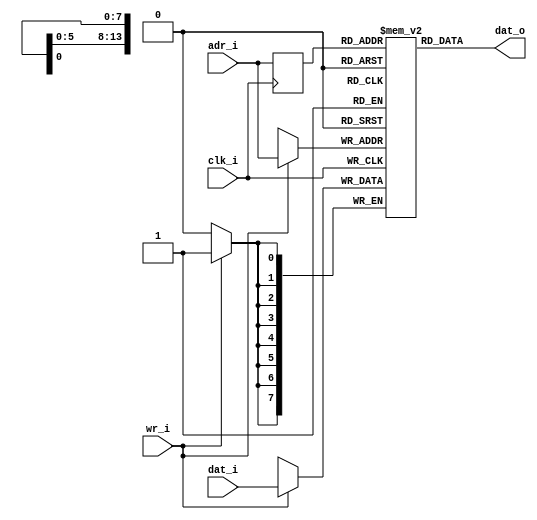
//-----------------------------------------------------------------
//                           AltOR32 
//                Alternative Lightweight OpenRisc 
//                            V2.1
//                     Ultra-Embedded.com
//                   Copyright 2011 - 2014
//
//
//                       License: LGPL
//-----------------------------------------------------------------
//
// Copyright (C) 2011 - 2014 Ultra-Embedded.com
//
// This source file may be used and distributed without         
// restriction provided that this copyright statement is not    
// removed from the file and that any derivative work contains  
// the original copyright notice and the associated disclaimer. 
//
// This source file is free software; you can redistribute it   
// and/or modify it under the terms of the GNU Lesser General   
// Public License as published by the Free Software Foundation; 
// either version 2.1 of the License, or (at your option) any   
// later version.
//
// This source is distributed in the hope that it will be       
// useful, but WITHOUT ANY WARRANTY; without even the implied   
// warranty of MERCHANTABILITY or FITNESS FOR A PARTICULAR      
// PURPOSE.  See the GNU Lesser General Public License for more 
// details.
//
// You should have received a copy of the GNU Lesser General    
// Public License along with this source; if not, write to the 
// Free Software Foundation, Inc., 59 Temple Place, Suite 330, 
// Boston, MA  02111-1307  USA
//-----------------------------------------------------------------

//-----------------------------------------------------------------
// Module: altor32_ram_sp - Single port RAM (used in cache)
//-----------------------------------------------------------------
module altor32_ram_sp
#(
    parameter  [31:0]       WIDTH = 8,
    parameter  [31:0]       SIZE = 14
)
( 
    input                   clk_i /*verilator public*/,
    output [(WIDTH - 1):0]  dat_o /*verilator public*/,
    input [(WIDTH - 1):0]   dat_i /*verilator public*/,
    input [(SIZE - 1):0]    adr_i /*verilator public*/,
    input                   wr_i /*verilator public*/
);

//-----------------------------------------------------------------
// Registers
//-----------------------------------------------------------------
reg [(WIDTH - 1):0]     ram [((2<< (SIZE-1)) - 1):0] /*verilator public*/;
reg [(SIZE - 1):0]      rd_addr_q;

//-----------------------------------------------------------------
// Processes
//-----------------------------------------------------------------
always @ (posedge clk_i)
begin 
    if (wr_i == 1'b1)
        ram[adr_i] <= dat_i;
    rd_addr_q <= adr_i;
end

//-------------------------------------------------------------------
// Combinatorial
//-------------------------------------------------------------------
assign dat_o = ram[rd_addr_q];

//-----------------------------------------------------------------
// Init Memory
//-----------------------------------------------------------------
`ifdef ALTOR32_CLEAR_RAM
    integer i;
    initial 
    begin     
        for (i=0;i<((2<< (SIZE-1)) - 1);i=i+1)
        begin
            ram[i] = 0;
        end
    end
`endif

endmodule